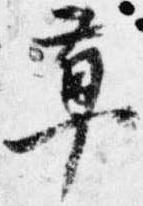
草